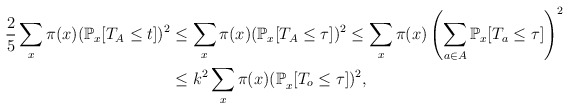
\begin{align*}\frac 25 \sum_x \pi(x)(\mathbb{P}_x[T_A \le t])^{2} & \le \sum_x \pi(x)(\mathbb{P}_x[T_A \le \tau])^{2} \le \sum_x \pi(x)\left(\sum_{a \in A} \mathbb{P}_x[T_a \le \tau]\right)^{2} \\ & \le k^{2}\sum_x \pi(x) \mathbb{(P}_x[T_o \le \tau])^{2},\end{align*}